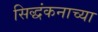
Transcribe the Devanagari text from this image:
सिद्धंकनाच्या